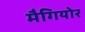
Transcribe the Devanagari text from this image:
मैगियोर